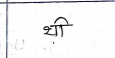
मजकूर: थी